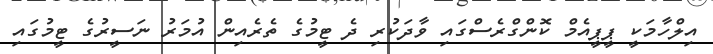
އިލްހާމަކީ ޕީޕީއެމް ކޮންގްރެސްގައި ވާދަކުރި ދެ ޓީމުގެ ތެރެއިން އުމަރު ނަސީރުގެ ޓީމުގައި